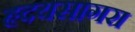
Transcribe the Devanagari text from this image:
हृदयसागरा